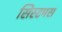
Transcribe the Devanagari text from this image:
सिस्टमस